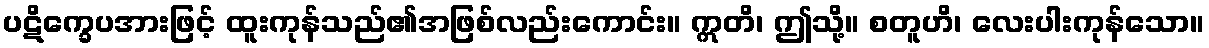
ပဋိက္ခေပအားဖြင့် ထူးကုန်သည်၏အဖြစ်လည်းကောင်း။ ဣတိ၊ ဤသို့။ စတူဟိ၊ လေးပါးကုန်သော။